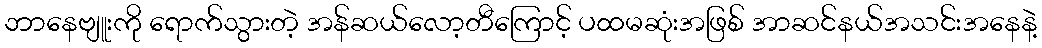
ဘာနေဗျူးကို ရောက်သွားတဲ့ အန်ဆယ်လော့တီကြောင့် ပထမဆုံးအဖြစ် အာဆင်နယ်အသင်းအနေနဲ့